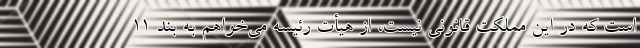
است که در این مملکت قانونی نیست، از هیأت رئیسه می‌خواهم به بند ۱۱